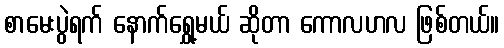
စာမေးပွဲရက် နောက်ရွှေ့မယ် ဆိုတာ ကောလဟလ ဖြစ်တယ်။